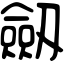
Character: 劔